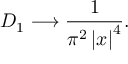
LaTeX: { \cal D } _ { 1 } \longrightarrow \frac { 1 } { \pi ^ { 2 } \left| x \right| ^ { 4 } } .